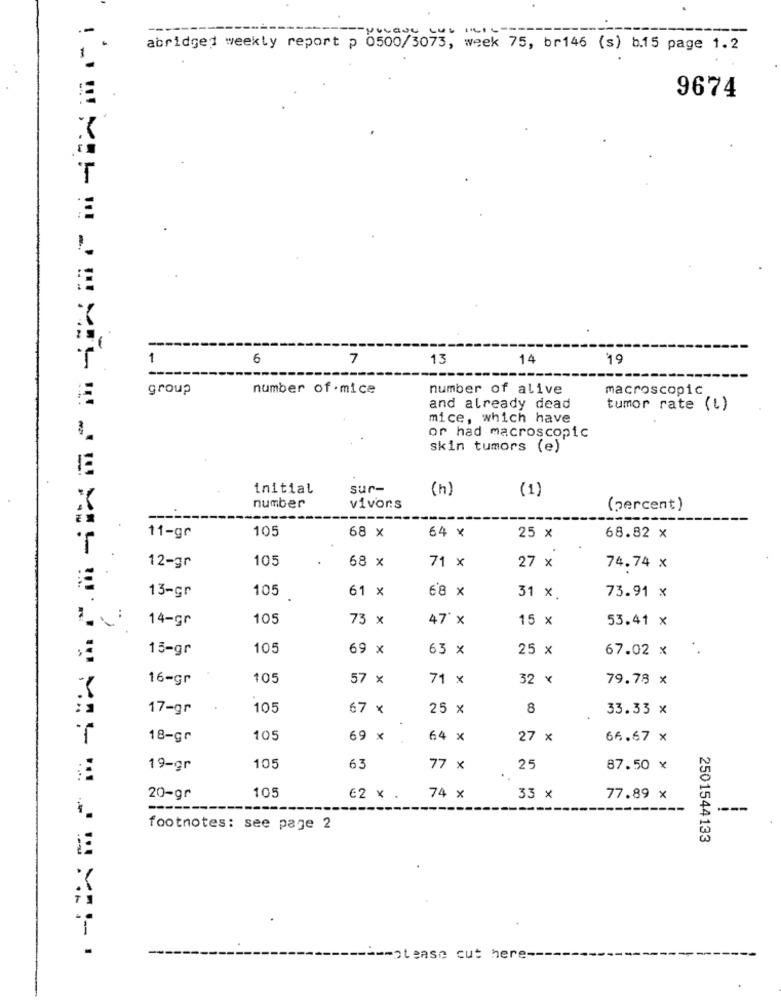
---
abridged weekly report p 0500/3073, week 75, br146 (s) b.15 page 1.2
9674
T
--
1
6
7
13
14
19
--
group
number of .mice
number of alive
macroscopic
and already dead
tumor rate (l)
mice, which have
or had macroscopic
skin tumors (e)
initial
sur-
(h)
(1)
number
vivons
(percent)
11-gr
105
68 x
64 x
25 x
68.82 x
105
68 x
71 x
27 x
12-gr
74.74 x
105
61 x
68 X
13-gr
31 x.
73.91 x
14-gr
105
73 x
47' x
15 x
53.41 x
15-gr
105
69 x
63 x
25 x
67.02 x
. .
16-gr
105
57 x
71 x
32 x
79.78 x
17-gr
105
67 x
25 x
8
33.33 x
18-gr
105
69 x
64 x
27 x
66.67 x
19-gr
105
63
77 x
25
87.50 x
20-gr
105
62 x .
74 x
33 x
77.89 x
----
footnotes: see page 2
2501544133
--- please cut here --